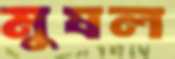
মুষল